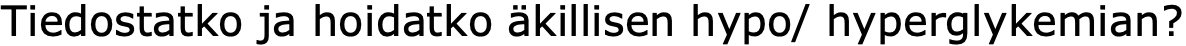
Tiedostatko ja hoidatko äkillisen hypo/ hyperglykemian?